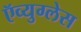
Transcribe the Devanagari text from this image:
ऍव्युग्लेस